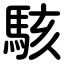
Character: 駭